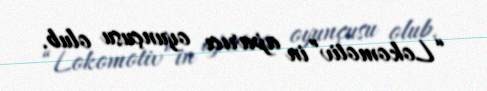
“Lokomotiv”in aparıcı oyunçusu olub.